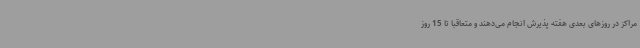
مراکز در روزهای بعدی هفته پذیرش انجام می‌دهند و متعاقبا تا 15 روز